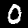
Digit: 0